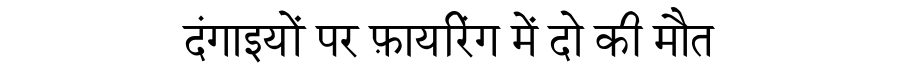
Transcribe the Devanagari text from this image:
दंगाइयों पर फ़ायरिंग में दो की मौत